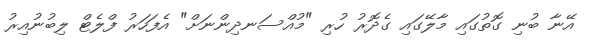
އޭނާ ބުނި ގޮތުގައި މާލޭގައި ގެދޮރު ހުރި "މުއްސަނދިންނަށް" އެފަހަރު ފްލެޓް ލިބުނުއިރު